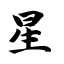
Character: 星